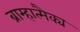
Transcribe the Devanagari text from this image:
ब्राम्हात्मैक्य